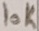
Text: 10K